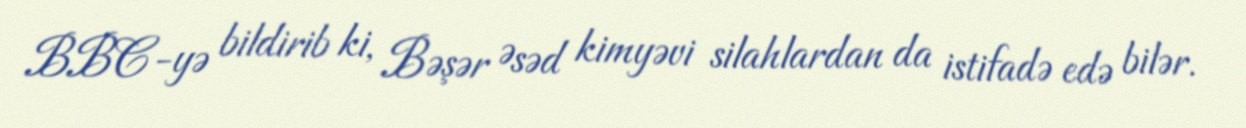
BBC-yə bildirib ki, Bəşər Əsəd kimyəvi silahlardan da istifadə edə bilər.